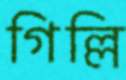
গিল্লি